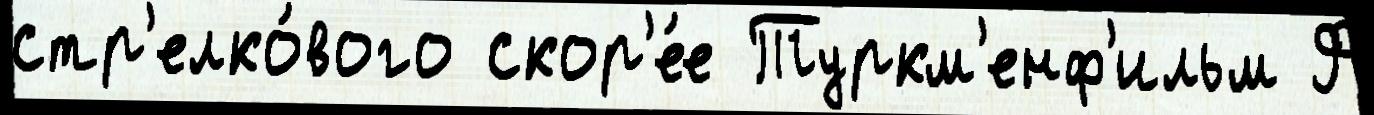
стр'елко́вого скор'е́е Туркм'енф'ильм Ф